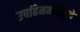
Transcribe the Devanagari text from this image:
उपहिमनदीमुळे